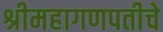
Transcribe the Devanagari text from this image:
श्रीमहागणपतीचे